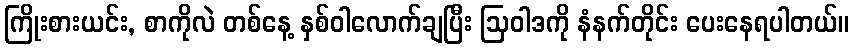
ကြိုးစားယင်း, စာကိုလဲ တစ်နေ့ နှစ်ဝါလောက်ချပြီး ဩဝါဒကို နံနက်တိုင်း ပေးနေရပါတယ်။